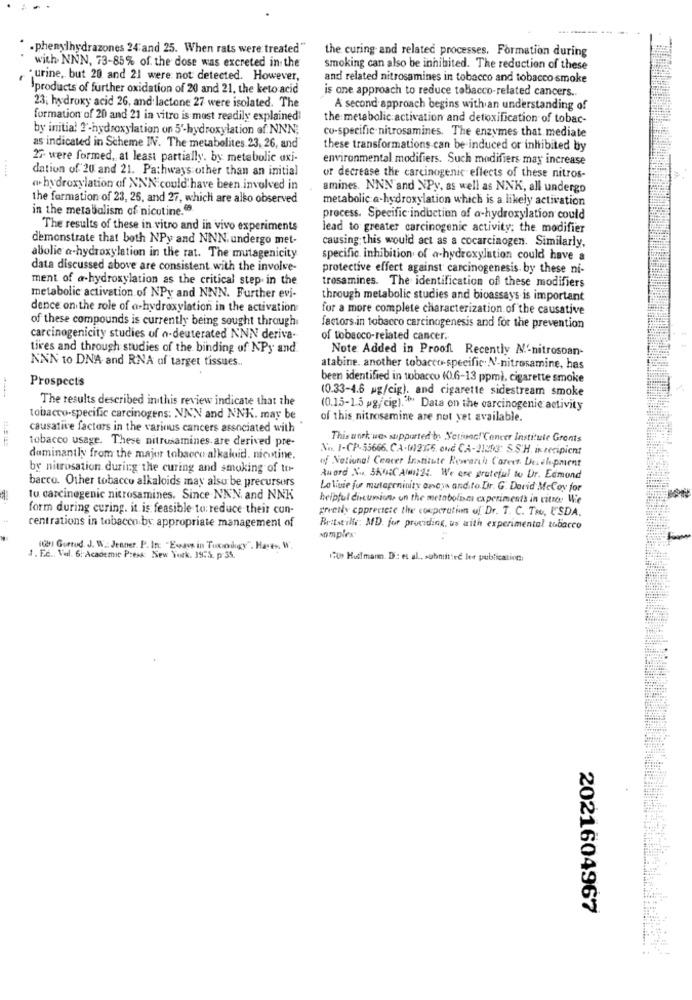
.phenylhydrazones 24'and 25. When rats were treated"
the curing and related processes, Formation during
with NNN, 73-85% of the dose was excreted in the
smoking can also be inhibited. The reduction of these
. urine, but 20 and 21 were not detected. However,
and related nitrosamines in tobacco and tobacco smoke
products of further oxidation of 20 and 21, the keto acid
is one approach to reduce tobacco-related cancers ..
23; hydroxy acid 26, and lactone 27 were isolated. The
A second approach begins with an understanding of
formation of 20 and 21 in vitro is most readily explained!
the metabolic activation and detoxification of tobac-
by initial ?'-hydroxylation on 5'-hydroxylation of NNN;
co-specific-nitrosamines. The enzymes that mediate
as indicated in Scheme INV. The metabolites. 23, 26, and
these transformations can be induced or inhibited by
27- were formed, at least partially. by metabolic axi-
environmental modifiers. Such modifiers may increase
dation of 20 and 21. Pathways other than an initial
or decrease the carcinogenic effects of these nitros-
a-hydroxylation of NNN could have been involved in
amines. NNN and XPy, as well as NNK, all undergo
the formation of 23, 25, and 27, which are also observed
metabolic a-hydroxylation which is a likely activation
in the metabolism of nicotine."
process. Specific induction of a-hydroxylation could
The results of these in vitro and in vivo experiments
lead to greater carcinogenic activity; the modifier
demonstrate that both NPy and NNN undergo met-
causing this would act as a cocarcinogen. Similarly,
abolie a-hydroxylation in the rat. The mutagenicity
specific inhibition of a-hydroxylation could have a
data discussed above are consistent with the involve-
protective effect against carcinogenesis by these ni-
ment of a-hydroxylation as the critical step in the
trosamines. The identification of these modifiers
metabolic activation of NPy and NNN. Further evi-
through metabolic studies and bioassays is important
dence on the role of a hydroxylation in the activation
for a more complete characterization of the causative
of these compounds is currently being sought through
factors in tobacco carcinogenesis and for the prevention
carcinogenicity studies of a-deuterated NNN deriva-
of tobacco-related cancer.
tives and through studies of the binding of NPy and
Note Added in Proofi Recently M'-nitrosoan-
NNN to DNA- and RNA of target tissues ..
atabine. another tobacco-specific. N-nitrosamine, has
Prospects
been identified in tobacco (0.6-13 ppm), cigarette smoke
(0.33-4.6 pg/cig). and cigarette sidestream smoke
The results described inthis review indicate that the
(0.15-1.5 pg/cig)."" Data on the carcinogenic activity
tobacco-specific carcinogens: NNN and NNK. may be
of this nitnosemine are not yet available.
causative factors in the various cancers associated with
tobacco usage. These nitrusamines are derived pre-
This work wes supported by Setionc!"Cancer Institute Gronts
N. I-CP-55666. C.A.M)2375, and CA- 21253 S.S.H. in recipient
dominantly from the major tobacco alkaloid. nicotine.
of National Cancer Institute Research Career Development
by nitrosation during the curing and smoking of to-
Auord Nu SKO4C Almil24. We are grateful to Dr. Edmond
barco. Other tobacco alkaloids may also be precursors
La Viwie fur mutageninity ancy andito.Dr. G. Darid McCoy for
1
to carcinogenic nicrosamines. Since NNN, and NNK
helpful discussions un the metabolism experiments in vitro. Wie
form during curing. it is feasible to: reduce their con-
greetly cpprecicte the cooperation of Dr. T. C. Tou, U'SDA.
centrations in tobacco by appropriate management of
Britstille: MD. for providing, us with experimental tobacco
complex
109) Gurrud. J. W. Jenner. P. In: "Engus in Tunningy". Haren. W.
1. E.c ., Vel. 6: Academic Press: New York. 1975. p 34.
1700 Huff mann. Di: et al ., submitted les publication:
2021604967